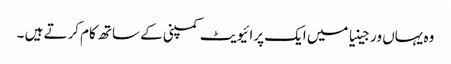
وہ یہاں ورجینیا میں ایک پرائیویٹ کمپنی کے ساتھ کام کرتے ہیں ۔